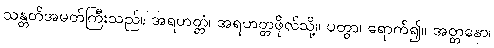
သန္တတိအမတ်ကြီးသည်။ အရဟတ္တံ၊ အရဟတ္တဖိုလ်သို့။ ပတွာ၊ ရောက်၍။ အတ္တနော၊